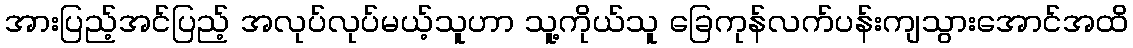
အားပြည့်အင်ပြည့် အလုပ်လုပ်မယ့်သူဟာ သူ့ကိုယ်သူ ခြေကုန်လက်ပန်းကျသွားအောင်အထိ